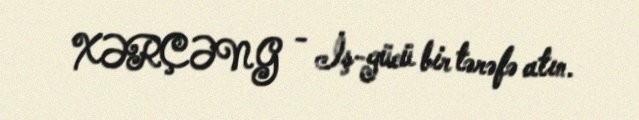
XƏRÇƏNG - İş-gücü bir tərəfə atın.